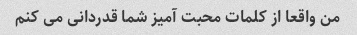
من واقعا از کلمات محبت آمیز شما قدردانی می کنم